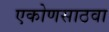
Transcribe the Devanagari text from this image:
एकोणसाठवा